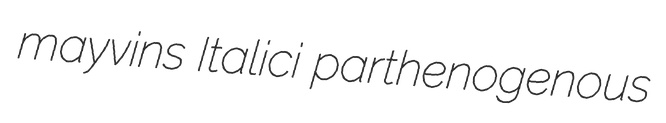
mayvins Italici parthenogenous